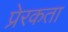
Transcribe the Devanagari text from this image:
प्रेरकता